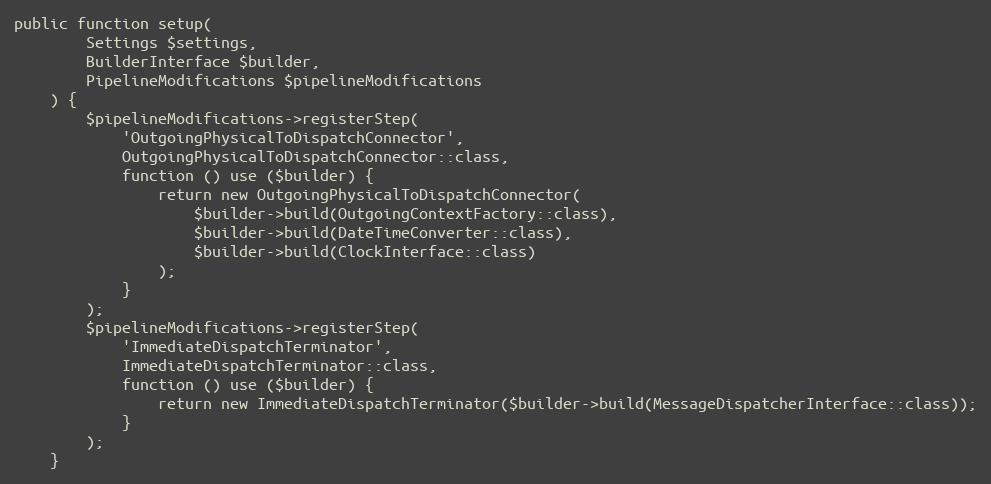
Language: PHP
public function setup(
        Settings $settings,
        BuilderInterface $builder,
        PipelineModifications $pipelineModifications
    ) {
        $pipelineModifications->registerStep(
            'OutgoingPhysicalToDispatchConnector',
            OutgoingPhysicalToDispatchConnector::class,
            function () use ($builder) {
                return new OutgoingPhysicalToDispatchConnector(
                    $builder->build(OutgoingContextFactory::class),
                    $builder->build(DateTimeConverter::class),
                    $builder->build(ClockInterface::class)
                );
            }
        );
        $pipelineModifications->registerStep(
            'ImmediateDispatchTerminator',
            ImmediateDispatchTerminator::class,
            function () use ($builder) {
                return new ImmediateDispatchTerminator($builder->build(MessageDispatcherInterface::class));
            }
        );
    }